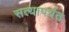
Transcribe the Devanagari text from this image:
सत्यापर्यंत